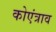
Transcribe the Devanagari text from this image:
कोएंत्राव